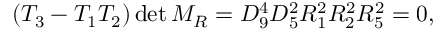
( T _ { 3 } - T _ { 1 } T _ { 2 } ) \operatorname * { d e t } M _ { R } = D _ { 9 } ^ { 4 } D _ { 5 } ^ { 2 } R _ { 1 } ^ { 2 } R _ { 2 } ^ { 2 } R _ { 5 } ^ { 2 } = 0 ,